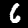
Digit: 6